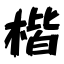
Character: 楷